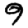
Digit: 9